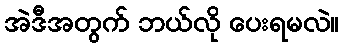
အဲဒီအတွက် ဘယ်လို ပေးရမလဲ။